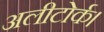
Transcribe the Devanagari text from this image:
अलीटोर्क।